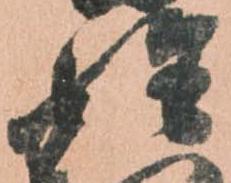
姓